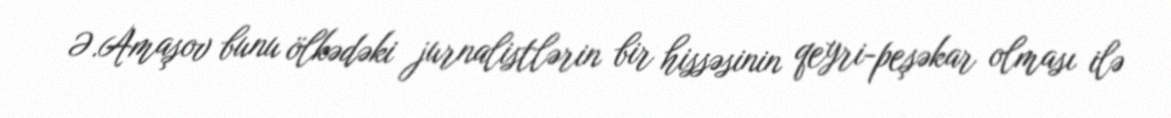
Ə.Amaşov bunu ölkədəki jurnalistlərin bir hissəsinin qeyri-peşəkar olması ilə